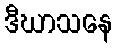
ဒီဃာသနေ